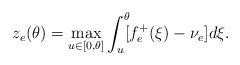
LaTeX: \begin{align*}z_e(\theta)=\max_{u\in[0,\theta]}\int_u^\theta\!\![f_e^+(\xi)-\nu_e]d\xi.\end{align*}